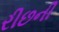
રીછની